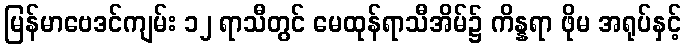
မြန်မာဗေဒင်ကျမ်း ၁၂ ရာသီတွင် မေထုန်ရာသီအိမ်၌ ကိန္နရာ ဖိုမ အရုပ်နှင့်